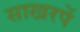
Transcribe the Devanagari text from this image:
साखरपें